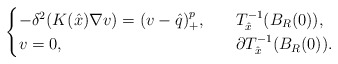
\begin{align*}\begin{cases}-\delta^2(K(\hat{x})\nabla v)= (v-\hat{q})^{p}_+,\ \ & \ T_{\hat{x}}^{-1}(B_R(0)),\\v=0,\ \ & \ \partial T_{\hat{x}}^{-1}(B_R(0)).\end{cases}\end{align*}